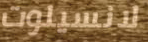
لانسيلوت